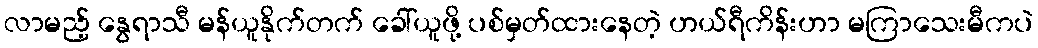
လာမည့် နွေရာသီ မန်ယူနိုက်တက် ခေါ်ယူဖို့ ပစ်မှတ်ထားနေတဲ့ ဟယ်ရီကိန်းဟာ မကြာသေးမီကပဲ